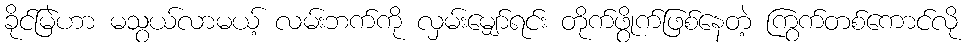
ခိုင်မြဲဟာ မသွယ်လာမယ့် လမ်းဘက်ကို လှမ်းမျှော်ရင်း တိုက်ဖွိုက်ဖြစ်နေတဲ့ ကြွက်တစ်ကောင်လို